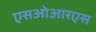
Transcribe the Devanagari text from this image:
एसओआरएस